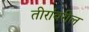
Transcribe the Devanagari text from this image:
तीरांवरील